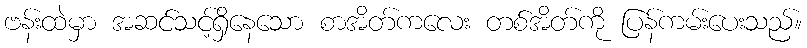
ဗန်းထဲမှာ အဆင်သင့်ရှိနေသော စာအိတ်ကလေး တစ်အိတ်ကို ပြန်ကမ်းပေးသည်။